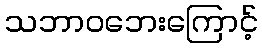
သဘာဝဘေးကြောင့်